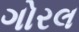
ગોરલ